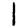
Digit: 1